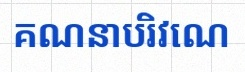
គណនាបរិវេណ